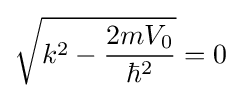
{\sqrt {k^{2}-{\frac {2mV_{0}}{\hbar ^{2}}}}}=0